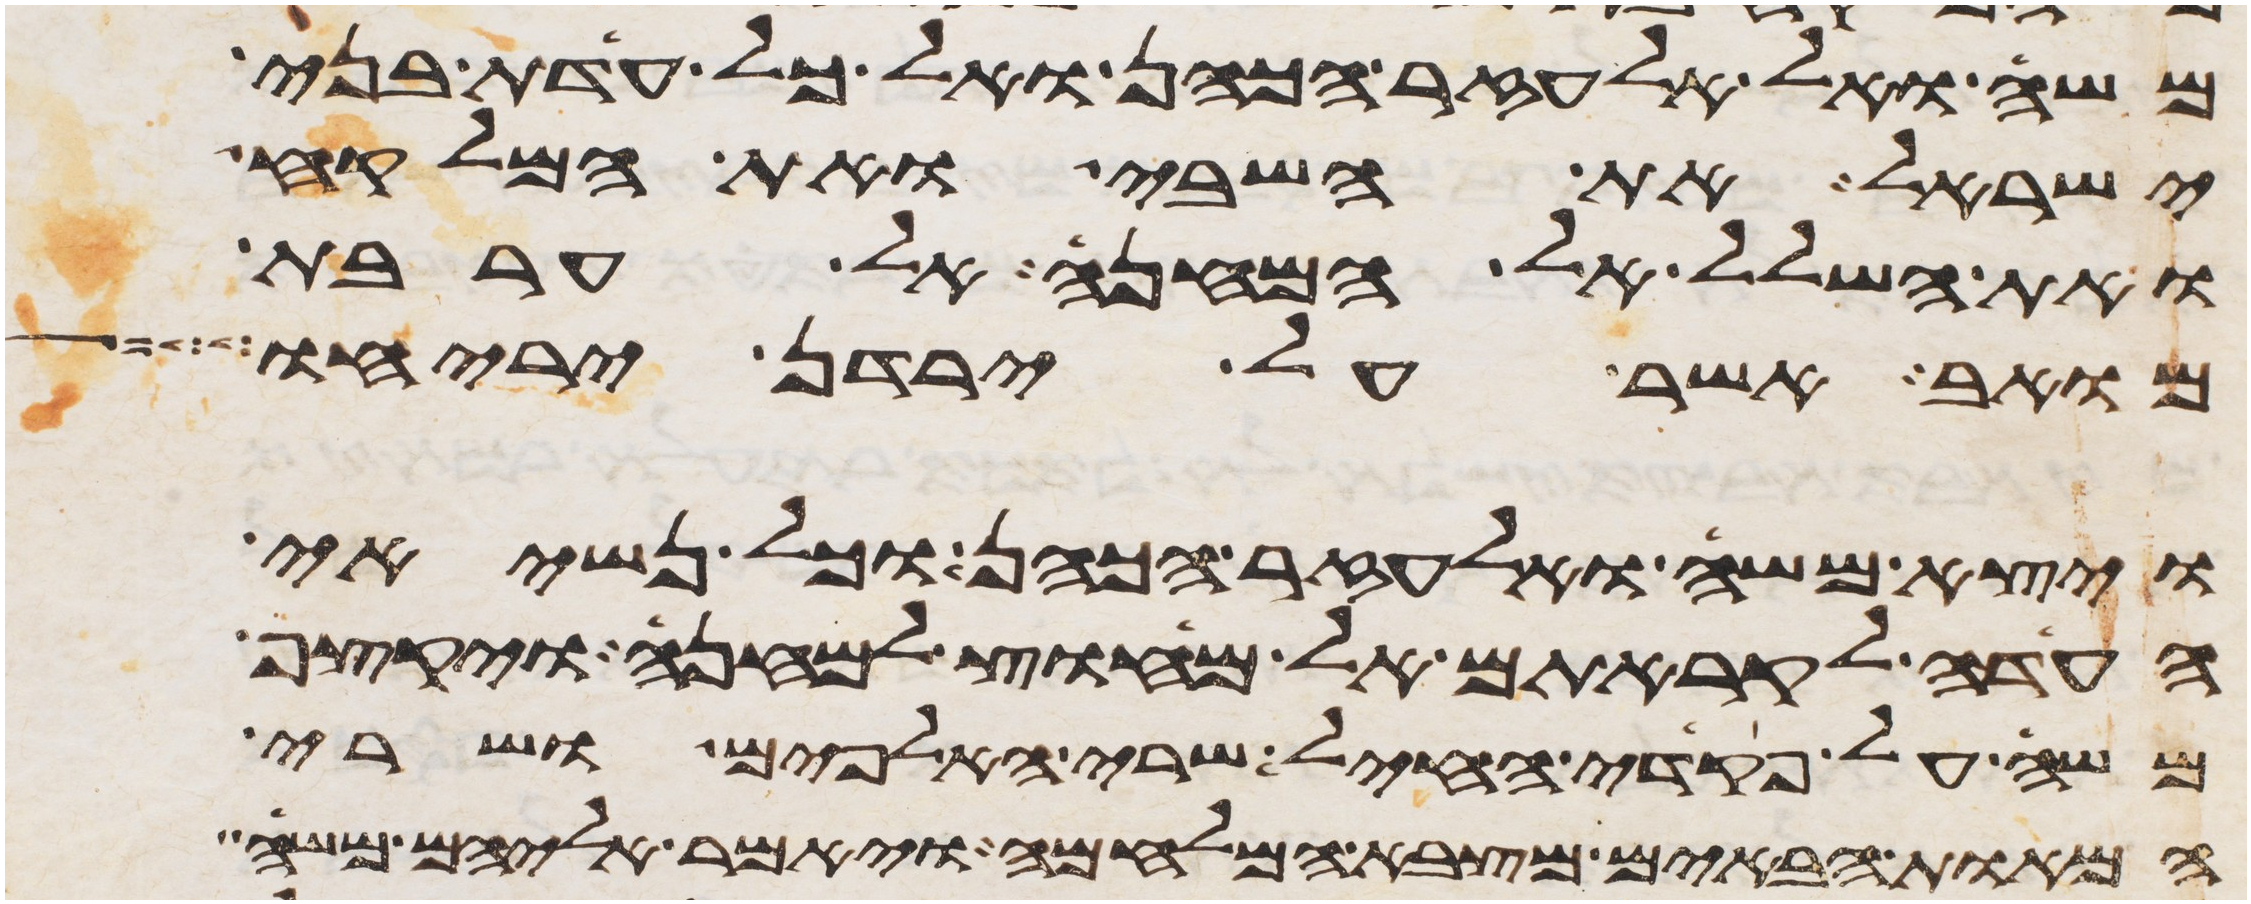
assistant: משה ואל אלעזר הכהן ואל כל עדת בני
ישראל את השבי ואת המלקח
ואת השלל אל המחנה אל ערבת
מואב אשר על ירדן יריחו
ויצא משה ואלעזר הכהן וכל נשיאי
העדה לקראתם אל מחוץ למחנה ויקצף
משה על פקדי החיל שרי האלפים ושרי
המאות הבאים מצבא המלחמה ויאמר אליהם משה